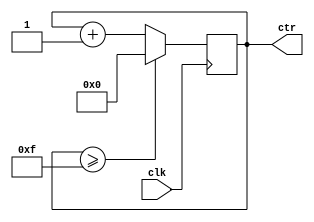
`timescale 1ns / 1ps
//////////////////////////////////////////////////////////////////////////////////
// Company: 
// Engineer: 
// 
// Design Name: 
// Module Name: Simple_Counter_module
// Project Name: 
// Target Devices: 
// Tool Versions: 
// Description: 
// 
// Dependencies: 
// 
// Revision:
// Revision 0.01 - File Created
// Additional Comments:
// 
//////////////////////////////////////////////////////////////////////////////////


module Simple_Counter_module(
    input clk,
    output reg [3:0] ctr
    );
    
initial
ctr = 4'b0000;

always @ (posedge clk)
begin
ctr <= (ctr >= 4'b1111)? 4'b0000: (ctr + 1'b1);
end

endmodule